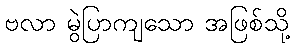
ဗလာ မွဲပြာကျသော အဖြစ်သို့